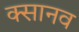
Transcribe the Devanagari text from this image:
क्सानव